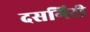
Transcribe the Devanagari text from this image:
दसगिरी